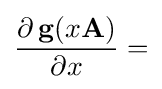
{\frac {\partial \,\mathbf {g} (x\mathbf {A} )}{\partial x}}=